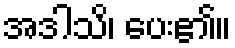
အဒါသိ၊ ပေး၏။